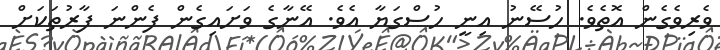
ވެރިވެގެން އޮތެވެ. ހުސޭނު އިނީ ހުސްގަޔާ އެވެ. އޭނާގެ ވަށައިގެން ފެންނަ ފާރުތަކަށް